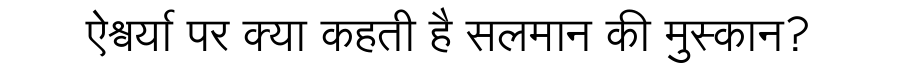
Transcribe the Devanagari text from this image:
ऐश्वर्या पर क्या कहती है सलमान की मुस्कान?